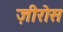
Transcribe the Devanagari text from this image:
ज़ीरोस